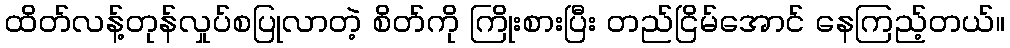
ထိတ်လန့်တုန်လှုပ်စပြုလာတဲ့ စိတ်ကို ကြိုးစားပြီး တည်ငြိမ်အောင် နေကြည့်တယ်။